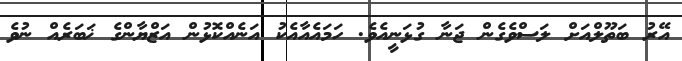
އޭރު ބަތޫލްއަށް ލަސްވެގެން ޖަނާ ގުޅަނީއެވެ. ހަމައެއާއެކު އަނެއްކޮޅުން އަޒްޔާންގެ ޚަބަރެއް ނުވެ